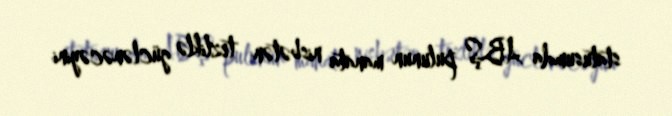
statusumda ABŞ pulunun manata nisbətən tezliklə güclənəcəyini